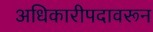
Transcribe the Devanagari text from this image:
अधिकारीपदावरून